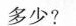
多少？